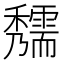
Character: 𥤃